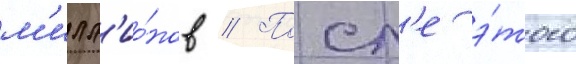
м'илл'ио́нов // Посл'е э́того